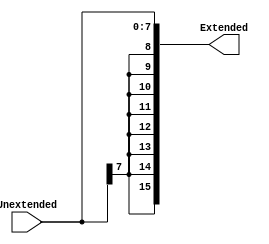
module SIGNEXT8T016(
  input [7:0] Unextended,
  output reg [15:0] Extended 
);

always@ *
  begin 
     Extended[15:0] <= { {8{Unextended[7]}}, Unextended[7:0] };
  end
endmodule